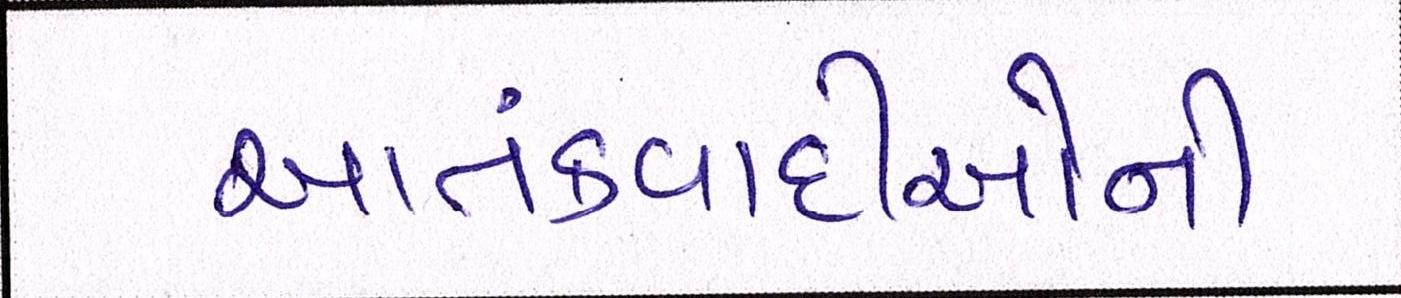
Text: આતંકવાદીઓની